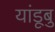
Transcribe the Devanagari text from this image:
यांडूबु